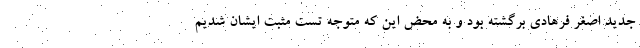
جدید اصغر فرهادی برگشته بود و به محض این که متوجه تست مثبت ایشان شدیم